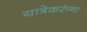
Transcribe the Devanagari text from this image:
यात्रेकरुंना